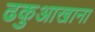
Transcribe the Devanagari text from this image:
ढकुआखाना